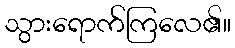
သွားရောက်ကြလေ၏။